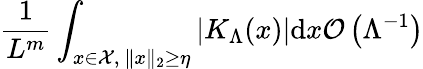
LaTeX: \frac{1}{L^{m}}\int_{x\in{\cal{X}},\ \| x\| _{2}\ge\eta}|K_{\Lambda}(x)|\mathrm{d}x\le{\cal{O}}\left(\Lambda^{-1}\right)